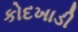
કોદખાડી